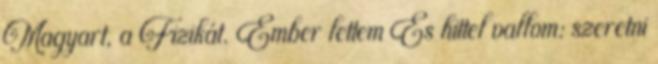
Magyart, a Fizikát. Ember lettem És hittel vallom: szeretni